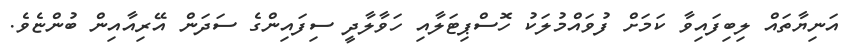
އަނިޔާތައް ލިބިފައިވާ ކަމަށް ފުވައްމުލަކު ހޮސްޕިޓަލާއި ހަވާލާދީ ސިފައިންގެ ސަދަން އޭރިއާއިން ބުންޏެވެ.